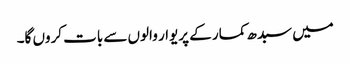
میں سبدھ کمار کے پریوار والوں سے بات کروں گا۔